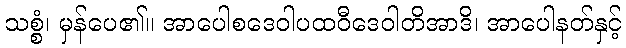
သစ္စံ၊ မှန်ပေ၏။ အာပေါစဒေဝါပထဝီဒေဝါတိအာဒိ၊ အာပေါနတ်နှင့်